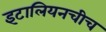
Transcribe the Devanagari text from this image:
इटालियनचीच